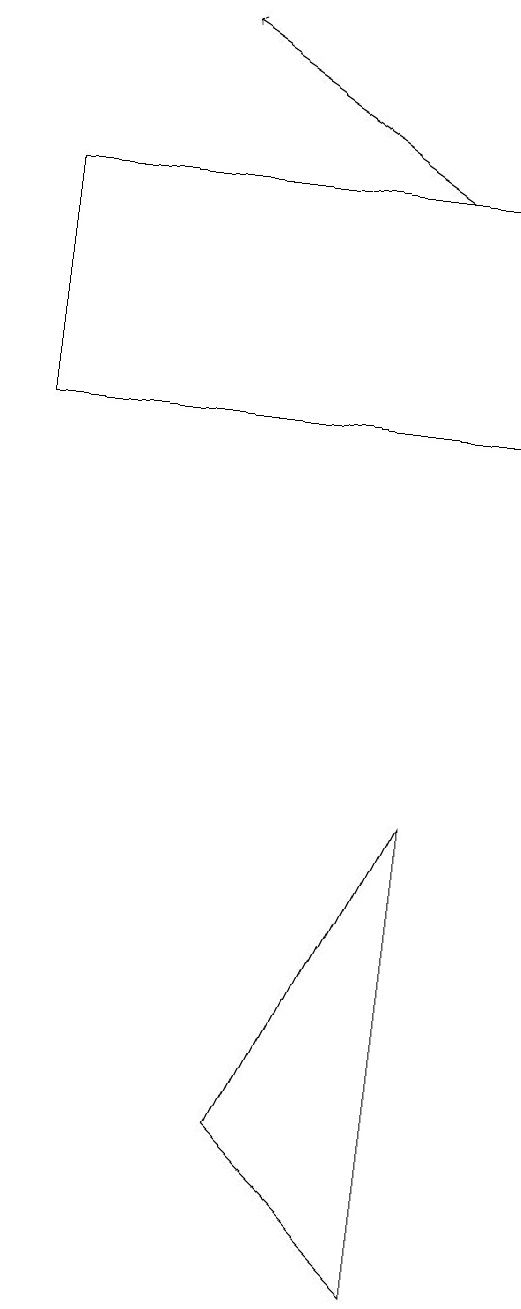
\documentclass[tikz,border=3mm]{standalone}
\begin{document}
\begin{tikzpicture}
\draw (1,15) rectangle (7,12);
\draw[->] (6,15) -- (3,17);
\draw (4,3) -- (6,7) -- (6,1) -- cycle;
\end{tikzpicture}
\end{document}